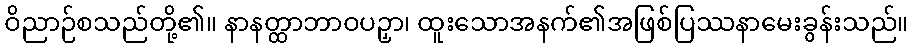
ဝိညာဉ်စသည်တို့၏။ နာနတ္ထာဘာဝပဉှာ၊ ထူးသောအနက်၏အဖြစ်ပြဿနာမေးခွန်းသည်။